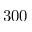
3 0 0